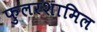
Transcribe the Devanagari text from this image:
फुलरशामिल